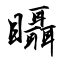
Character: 𥍉